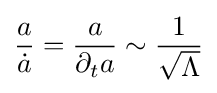
{\frac {a}{\dot {a}}}={\frac {a}{\partial _{t}a}}\sim {\frac {1}{\sqrt {\Lambda }}}